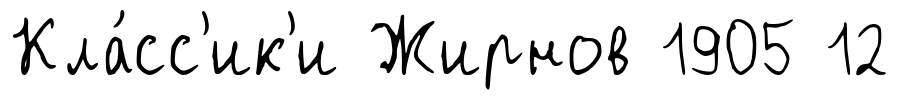
Кла́сс'ик'и Жирнов 1905 12